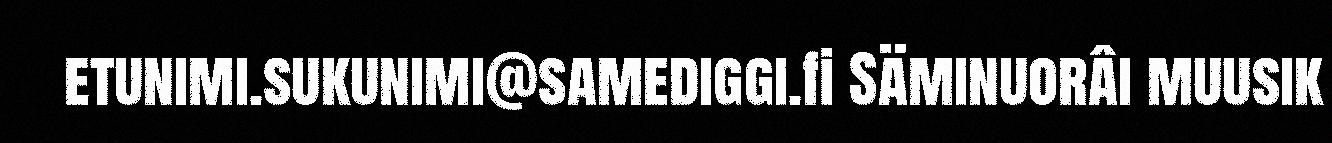
etunimi.sukunimi@samediggi.fi Säminuorâi muusik